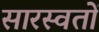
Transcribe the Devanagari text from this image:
सारस्वतों